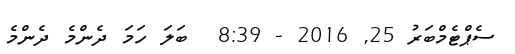
ސެޕްޓެމްބަރު 25